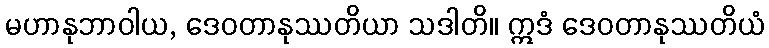
မဟာနုဘာဝါယ, ဒေဝတာနုဿတိယာ သဒါတိ။ ဣဒံ ဒေဝတာနုဿတိယံ